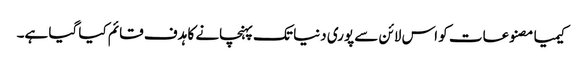
کیمیا مصنوعات کو اس لائن سے پوری دنیا تک پہنچانے کا ہدف قائم کیا گیا ہے۔